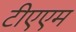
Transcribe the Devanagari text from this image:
टीएएम